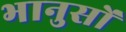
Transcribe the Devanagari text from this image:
भानुसों